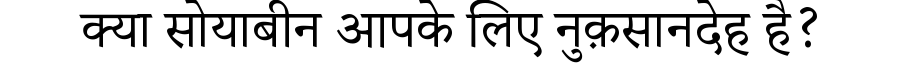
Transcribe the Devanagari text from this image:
क्या सोयाबीन आपके लिए नुक़सानदेह है?